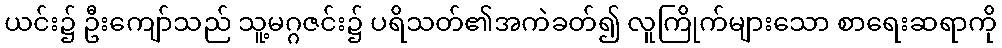
ယင်း၌ ဦးကျော်သည် သူ့မဂ္ဂဇင်း၌ ပရိသတ်၏အကဲခတ်၍ လူကြိုက်များသော စာရေးဆရာကို